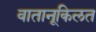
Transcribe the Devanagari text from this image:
वातानूकिलत